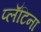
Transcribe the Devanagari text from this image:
प्लॅटिना